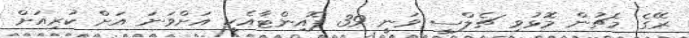
ރޭގެ މެޗުން މޮޅުވި ޗެލްސީ ވަނީ 39 ޕޮއިންޓާއެކީ އަށްވަނަ އަށް ކުރިއަށް